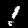
Label: 1